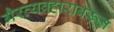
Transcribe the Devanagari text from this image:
गैरव्यवहारावरून